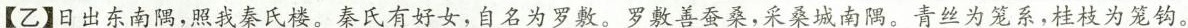
【乙】日出东南隅，照我秦氏楼。秦氏有好女，自名为罗敷。罗敷善蚕桑，采桑城南隅。青丝为笼系，桂枝为笼钩。